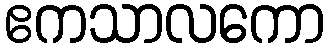
ဧကသာလကော